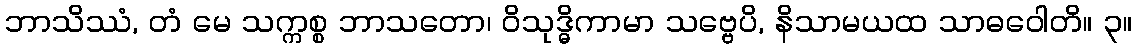
ဘာသိဿံ, တံ မေ သက္ကစ္စ ဘာသတော၊ ဝိသုဒ္ဓိကာမာ သဗ္ဗေပိ, နိသာမယထ သာဓဝေါတိ။ ၃။